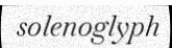
solenoglyph